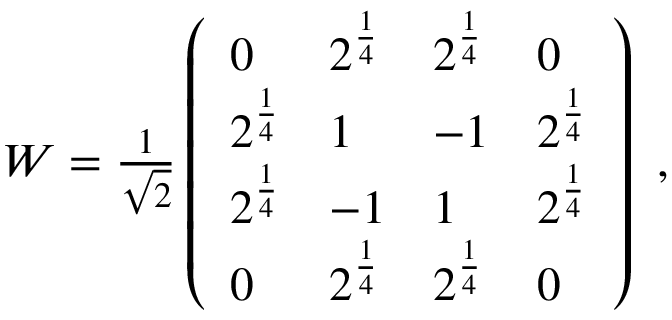
\begin{array} { r } { W = \frac { 1 } { \sqrt { 2 } } \left( \begin{array} { l l l l } { 0 } & { 2 ^ { \frac 1 4 } } & { 2 ^ { \frac 1 4 } } & { 0 } \\ { 2 ^ { \frac 1 4 } } & { 1 } & { - 1 } & { 2 ^ { \frac 1 4 } } \\ { 2 ^ { \frac 1 4 } } & { - 1 } & { 1 } & { 2 ^ { \frac 1 4 } } \\ { 0 } & { 2 ^ { \frac 1 4 } } & { 2 ^ { \frac 1 4 } } & { 0 } \end{array} \right) \ , } \end{array}